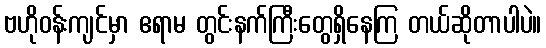
ဗဟိုဝန်းကျင်မှာ ဧရာမ တွင်းနက်ကြီးတွေရှိနေကြ တယ်ဆိုတာပါပဲ။